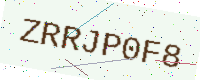
Text: ZRRJP0F8